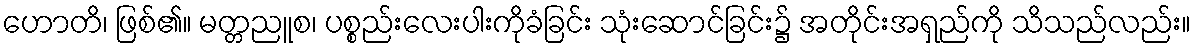
ဟောတိ၊ ဖြစ်၏။ မတ္တညူစ၊ ပစ္စည်းလေးပါးကိုခံခြင်း သုံးဆောင်ခြင်း၌ အတိုင်းအရှည်ကို သိသည်လည်း။